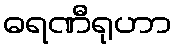
ဓရဏီရုဟာ